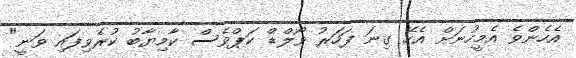
އެހެންވެ އެމީހުނަށް އެހޭ ގިނަ ފަހަރު ވޯލްޑް ކަޕްވެސް ކާމިޔާބު ކުރެވިފައި ވަނީ"